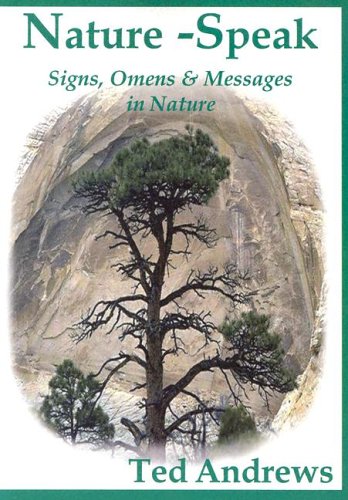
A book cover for Nature-Speak: Signs, Omens and Messages in Nature; Ted Andrews; Science & Math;